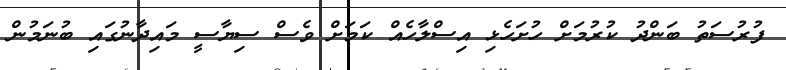
ފުރުސަތު ބަންދު ކުރުމަށް ހުށަހެޅި އިސްލާހެއް ކަމަށް ވެސް ސިޔާސީ މައިދާނުގައި ބުނަމުން